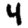
Digit: 4